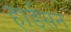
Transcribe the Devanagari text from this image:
हार्डसन